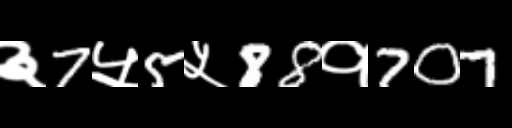
Text: ३7५5५88१707